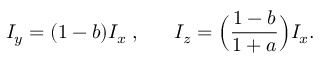
I _ { y } = ( 1 - b ) I _ { x } \; , \; \; \; \; \; \; I _ { z } = \Big ( \frac { 1 - b } { 1 + a } \Big ) I _ { x } .